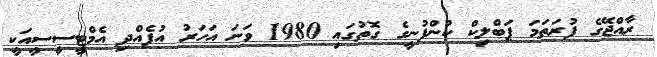
ރާއްޖޭގެ ފުރަތަމަ ޕަބްލިކް ކުންފުނީގެ ގޮތުގައި 1980 ވަނަ އަހަރު އުފެއްދި އެމްޓީސީސީއަކީ